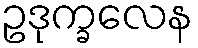
ဥဒုက္ခလေန